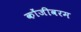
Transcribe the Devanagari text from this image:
कोंजीवरम